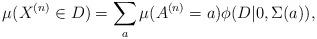
LaTeX: \begin{align*}\mu(X^{(n)}\in D)=\sum_{a}\mu(A^{(n)}=a)\phi(D|0,\Sigma(a)),\end{align*}